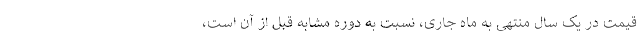
قیمت در یک سال منتهی به ماه جاری، نسبت به دوره مشابه قبل از آن است،